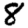
Digit: 8